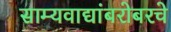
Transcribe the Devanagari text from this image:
साम्यवाद्यांबरोबरचे